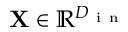
\mathbf { X } \in \mathbb { R } ^ { D _ { \mathrm { ~ i ~ n ~ } } }